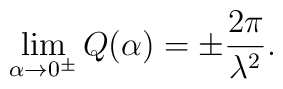
\lim_{\alpha\rightarrow 0^\pm}Q(\alpha)=\pm\frac{ 2\pi}{\lambda^{2}}.